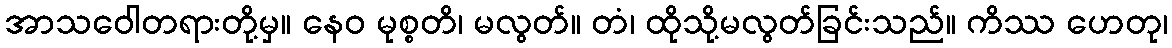
အာသဝေါတရားတို့မှ။ နေဝ မုစ္စတိ၊ မလွတ်။ တံ၊ ထိုသို့မလွတ်ခြင်းသည်။ ကိဿ ဟေတု၊